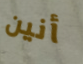
أنين